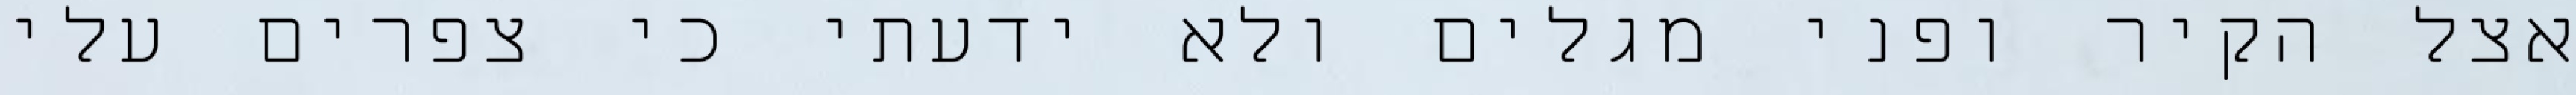
אצל הקיר ופני מגלים ולא ידעתי כי צפרים עלי